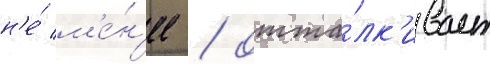
н'е́ м'е́н'ее / отта́лк'ивает